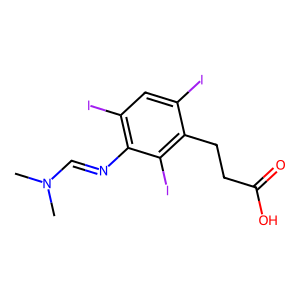
SMILES: CN(C)C=Nc1c(I)cc(I)c(CCC(=O)O)c1I
Inhibits HIV replication: No